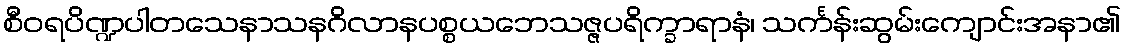
စီဝရပိဏ္ဍပါတသေနာသနဂိလာနပစ္စယဘေသဇ္ဇပရိက္ခာရာနံ၊ သင်္ကန်းဆွမ်းကျောင်းအနာ၏